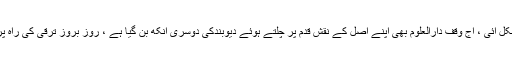
اللہ کی ذات حکمت والی ہے، انتشار میں بھی منفعت کی راہ نکل آئی ، آج وقف دارالعلوم بھی اپنے اصل کے نقش قدم پر چلتے ہوئے دیوبندکی دوسری آنکھ بن گیا ہے ، روز بروز ترقی کی راہ پر گامزن ہے اور اس سے فیض کا سلسلہ جاری و ساری ہے ۔